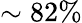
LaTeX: \sim 82\%